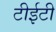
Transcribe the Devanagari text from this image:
टीईटी